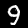
Label: 9